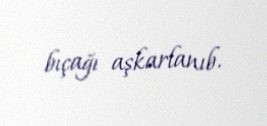
bıçağı aşkarlanıb.